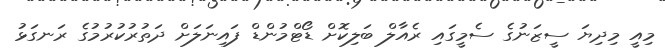
މިއީ މިދިޔަ ސީޒަނުގެ ސެމީގައި ރެއާލް ބަލިކޮށް ޑޯޓްމުންޑް ފައިނަލަށް ދަތުރުކުރުމުގެ ރަނގަޅު